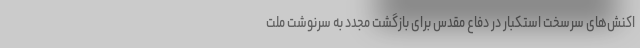
اکنش‌های سرسخت استکبار در دفاع مقدس برای بازگشت مجدد به سرنوشت ملت